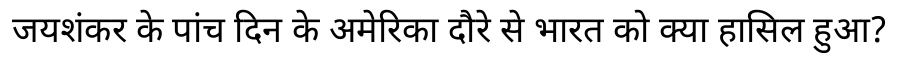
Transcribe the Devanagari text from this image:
जयशंकर के पांच दिन के अमेरिका दौरे से भारत को क्या हासिल हुआ?